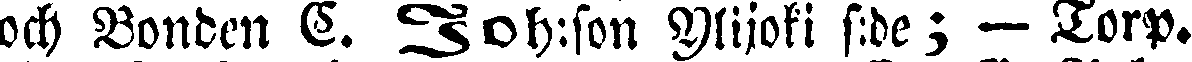
och Bonden C. Joh:son Ylijoki s:de; —Torp.